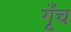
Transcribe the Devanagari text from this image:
गूँच